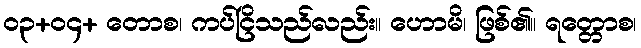
၀၃+၀၄+ တောစ၊ ကပ်ငြိသည်လည်း။ ဟောမိ၊ ဖြစ်၏။ ရတ္တောစ၊